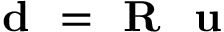
\textbf { d } = \textbf { R } \textbf { u }